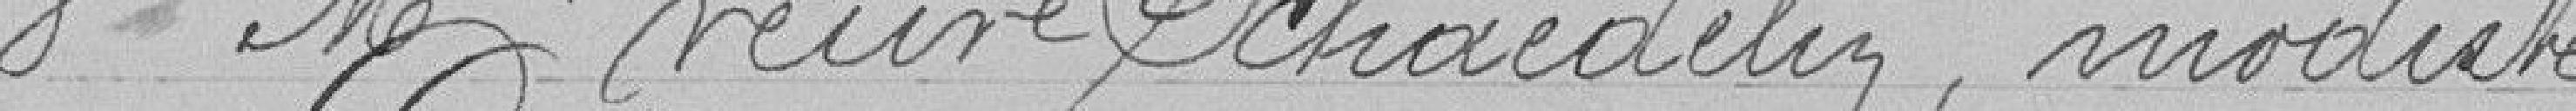
3° Mme veuve Schaedelin, modiste